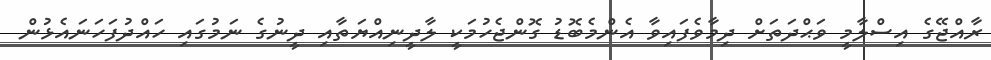
ރާއްޖޭގެ އިސްލާމީ ވަޙްދަތަށް ދިމާވެފައިވާ އެންމެބޮޑު ގޮންޖެހުމަކީ ލާދީނިއްޔަތާއި ދީނުގެ ނަމުގައި ހައްދުފަހަނައެޅުން